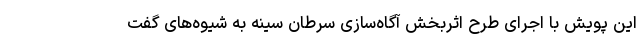
این پویش با اجرای طرح اثربخش آگاه‌سازی سرطان سینه به شیوه‌های گفت